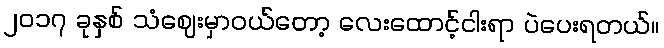
၂၀၁၇ ခုနှစ် သံဈေးမှာဝယ်တော့ လေးထောင့်ငါးရာ ပဲပေးရတယ်။